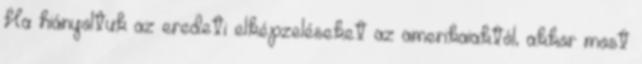
Ha hiányoltuk az eredeti elképzeléseket az amerikaiaktól, akkor most